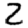
Digit: 2